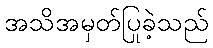
အသိအမှတ်ပြုခဲ့သည်